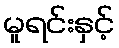
မူရင်းနှင့်